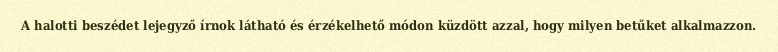
A halotti beszédet lejegyző írnok látható és érzékelhető módon küzdött azzal, hogy milyen betűket alkalmazzon.